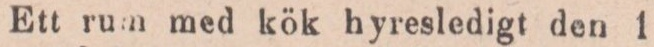
Ett rum med kök hyresledigt den 1